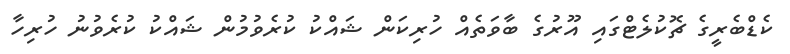
ކެޑްބެރީގެ ޗޮކުލެޓްގައި އޫރުގެ ބާވަތެއް ހުރިކަން ޝައްކު ކުރެވުމުން ޝައްކު ކުރެވުނު ހުރިހާ